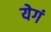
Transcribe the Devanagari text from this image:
येगं